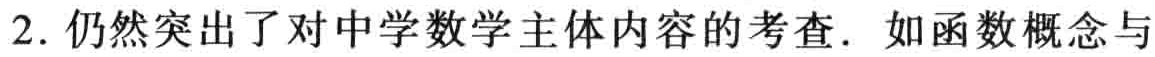
2. 仍然突出了对中学数学主体内容的考查. 如函数概念与